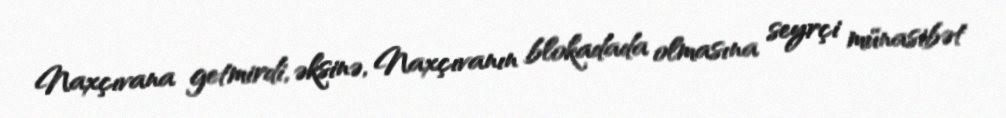
Naxçıvana getmirdi, əksinə, Naxçıvanın blokadada olmasına seyrçi münasibət